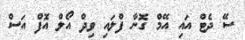
ސޭ ދެޓް އައި އޭމް ގޮނާ ފްލައި ވިދް އޯލް އޮފް އަސް